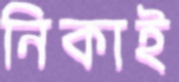
নিকাই